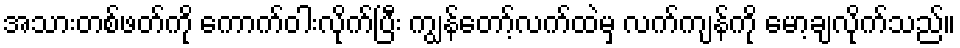
အသားတစ်ဖတ်ကို ကောက်ဝါးလိုက်ပြီး ကျွန်တော့်လက်ထဲမှ လက်ကျန်ကို မော့ချလိုက်သည်။